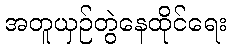
အတူယှဉ်တွဲနေထိုင်ရေး